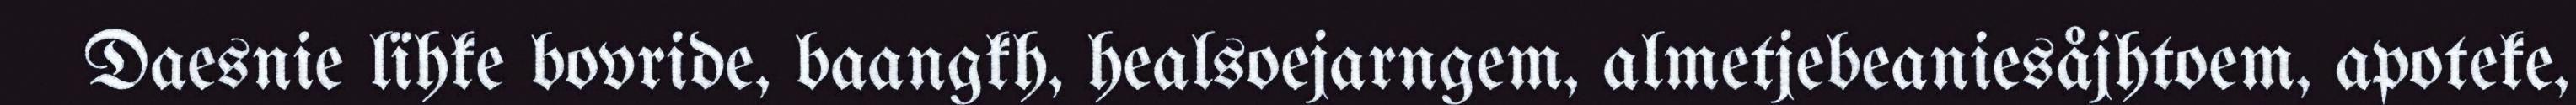
Daesnie lïhke bovride, baangkh, healsoejarngem, almetjebeaniesåjhtoem, apoteke,